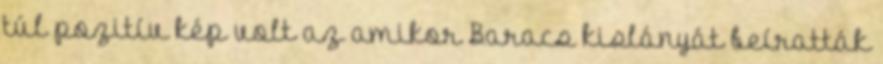
túl pozitív kép volt az amikor Baracs kislányát beíratták